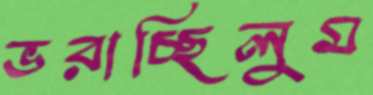
ভরাচ্ছিলুম